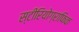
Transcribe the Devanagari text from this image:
स्टीरियोग्राफिक